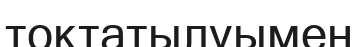
тоқтатылуымен